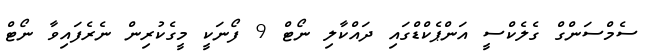
ސެމްސަންގް ގެލެކްސީ އަންޕެކްޑްގައި ދައްކާލި ނޯޓް 9 ފޯނަކީ މީގެކުރިން ނެރެފައިވާ ނޯޓް